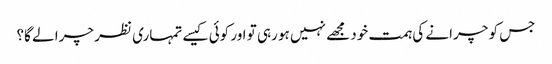
جس کو چرانے کی ہمت خود مجھے نہیں ہو رہی تو اور کوئی کیسے تمہاری نظر چرا لے گا؟